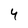
Character: 4